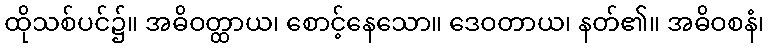
ထိုသစ်ပင်၌။ အဓိဝတ္ထာယ၊ စောင့်နေသော။ ဒေဝတာယ၊ နတ်၏။ အဓိဝစနံ၊